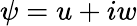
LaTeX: \psi=u+iw